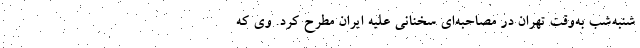
شنبه‌شب به‌وقت تهران در مصاحبه‌ای سخنانی علیه ایران مطرح کرد. وی که